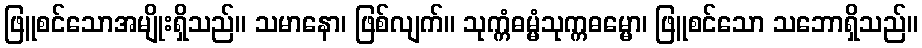
ဖြူစင်သောအမျိုးရှိသည်။ သမာနော၊ ဖြစ်လျက်။ သုက္ကံဓမ္မံသုက္ကဓမ္မော၊ ဖြူစင်သော သဘောရှိသည်။